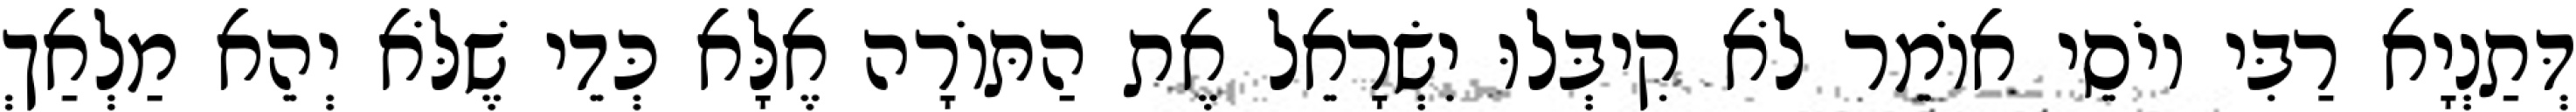
דְּתַנְיָא רַבִּי יוֹסֵי אוֹמֵר לֹא קִיבְּלוּ יִשְׂרָאֵל אֶת הַתּוֹרָה אֶלָּא כְּדֵי שֶׁלֹּא יְהֵא מַלְאַךְ